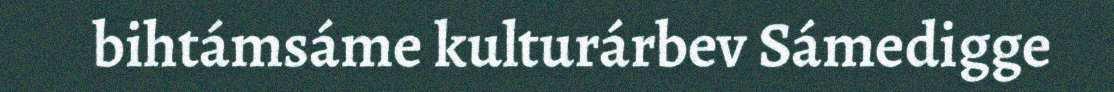
bihtámsáme kulturárbev Sámedigge